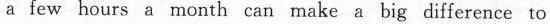
a few hours a month can make a big difference to